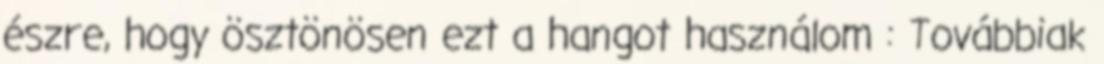
észre, hogy ösztönösen ezt a hangot használom : Továbbiak